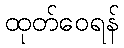
ထုတ်ဝေရန်